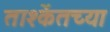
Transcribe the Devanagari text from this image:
ताश्केंतच्या